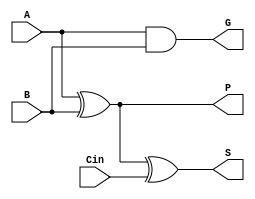
/****************************
purpose: Given two 1-bit vectors add them and generate the Propagate, Generate, and Sum signals
works: yes
****************************/

module cla_FA (A, B, Cin, S, P, G);

input A;
input B;
input Cin;

output P;
output G;
output S;

xor Prop (P, A, B);
and Gen (G, A, B);

xor Sum (S, A, B, Cin);

endmodule